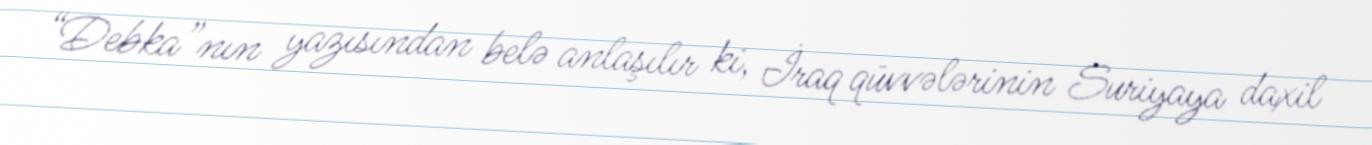
“Debka”nın yazısından belə anlaşılır ki, İraq qüvvələrinin Suriyaya daxil